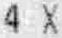
4 X